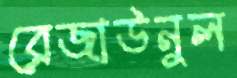
রেজাউনুল